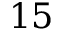
1 5